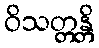
ဝိသတ္တန္တိ